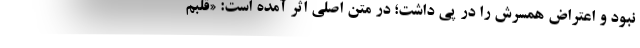
نبود و اعتراض همسرش را در پی داشت؛ در متن اصلی اثر آمده است: «قلبم